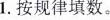
1.按规律填数。